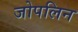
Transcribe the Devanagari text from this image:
जोपलिन